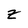
Character: Z